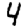
Digit: 4